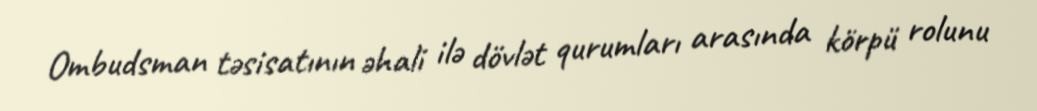
Ombudsman təsisatının əhali ilə dövlət qurumları arasında körpü rolunu